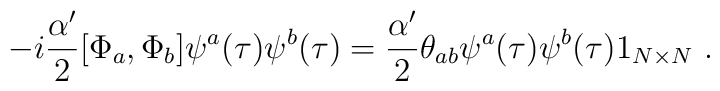
-i\frac{\alpha'}{2}[\Phi_a,\Phi_b]\psi^a(\tau)\psi^b(\tau)=\frac{\alpha'}{2}\theta_{ab}\psi^a(\tau)\psi^b(\tau)1_{N\times N} \ .